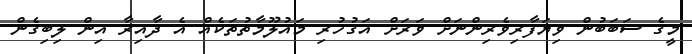
މީގެ ސަބަބުން ވިޔަފާރިވެރިންނަށް ވަރަށް އަގުހުރި މައުލޫމާތުތަކެއް އެ ދާއިރާ އިން ލިބިގެން